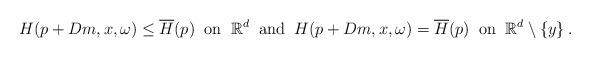
LaTeX: \begin{align*} H(p+Dm,x,\omega)\leq\overline{H}(p)\;\;\textrm{on}\;\;\mathbb{R}^d\;\;\textrm{and}\;\; H(p+Dm,x,\omega)=\overline{H}(p)\;\;\textrm{on}\;\;\mathbb{R}^d\setminus\left\{y\right\}. \end{align*}